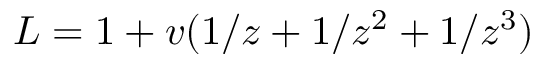
L = 1 + v ( 1 / z + 1 / z ^ { 2 } + 1 / z ^ { 3 } )